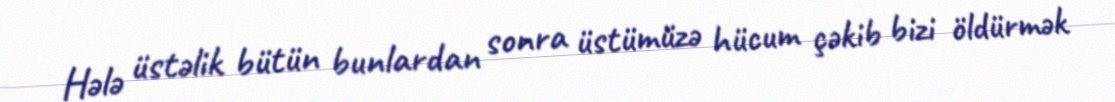
Hələ üstəlik bütün bunlardan sonra üstümüzə hücum çəkib bizi öldürmək